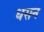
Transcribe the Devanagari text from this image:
धसन